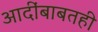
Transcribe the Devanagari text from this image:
आदींबाबतही